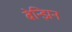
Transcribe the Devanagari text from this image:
बेन्झिन